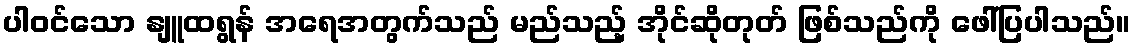
ပါဝင်သော နျူထရွန် အရေအတွက်သည် မည်သည့် အိုင်ဆိုတုတ် ဖြစ်သည်ကို ဖေါ်ပြပါသည်။